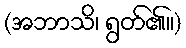
(အဘာသိ၊ ရွတ်၏။)